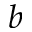
b